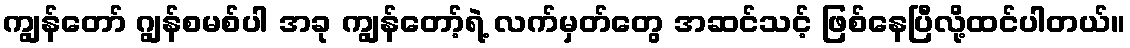
ကျွန်တော် ဂျွန်စမစ်ပါ အခု ကျွန်တော့်ရဲ့ လက်မှတ်တွေ အဆင်သင့် ဖြစ်နေပြီလို့ထင်ပါတယ်။